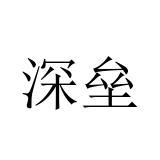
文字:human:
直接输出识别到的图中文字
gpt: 深垒